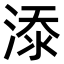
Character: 𣸸